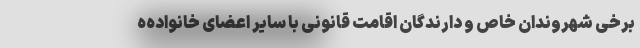
برخی شهروندان خاص و دارندگان اقامت قانونی با سایر اعضای خانواده‌ه